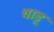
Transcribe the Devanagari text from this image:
थाडू